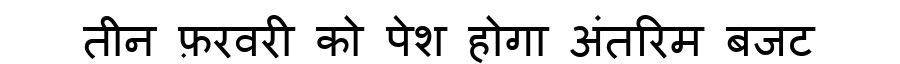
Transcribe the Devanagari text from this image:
तीन फ़रवरी को पेश होगा अंतरिम बजट